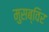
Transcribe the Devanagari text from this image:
मुसब्विर